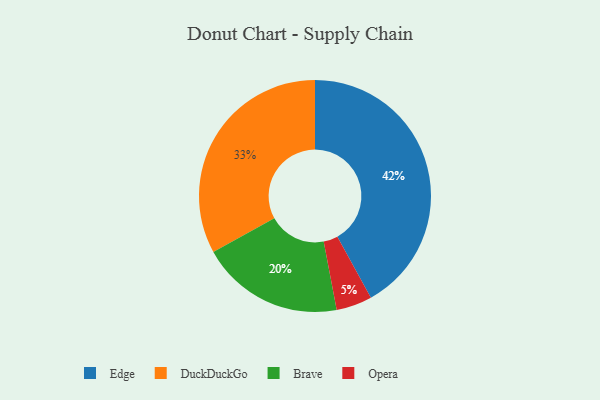
{"axis": {"x": "Category", "y": "Percentage"}, "legend": ["Brave", "DuckDuckGo", "Edge", "Opera"], "data": [{"x": "DuckDuckGo", "y": 33, "type": "DuckDuckGo"}, {"x": "Edge", "y": 42, "type": "Edge"}, {"x": "Brave", "y": 20, "type": "Brave"}, {"x": "Opera", "y": 5, "type": "Opera"}]}